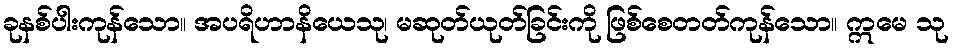
ခုနစ်ပါးကုန်သော။ အပရိဟာနိယေသု၊ မဆုတ်ယုတ်ခြင်းကို ဖြစ်စေတတ်ကုန်သော။ ဣမေ သု